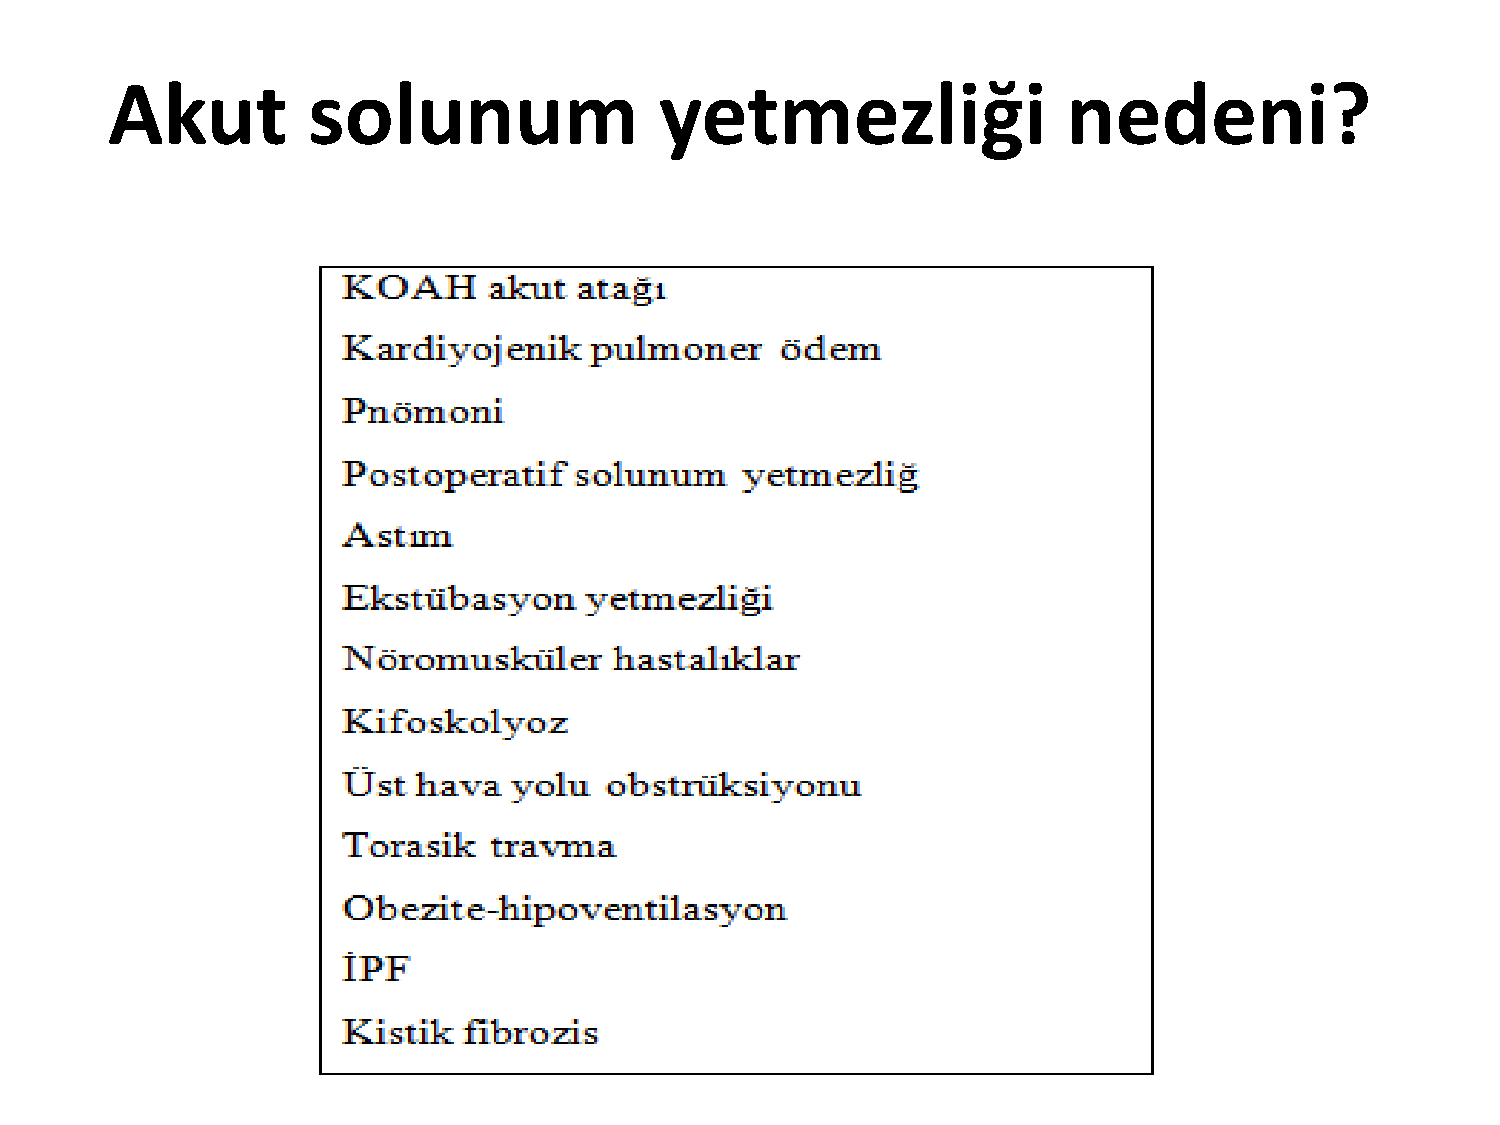
Akut         solunum                 yetmezliği                 nedeni?